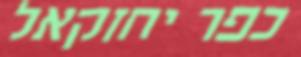
כפר יחזקאל